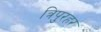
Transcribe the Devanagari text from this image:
त्रिपुरहर